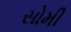
સોમી